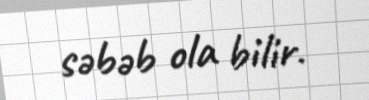
səbəb ola bilir.